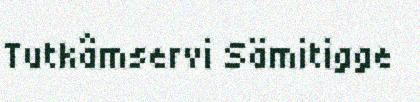
Tutkâmservi Sämitigge